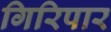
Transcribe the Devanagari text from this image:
गिरिपार